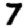
Digit: 7